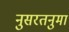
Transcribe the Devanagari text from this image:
नुसरतनुमा